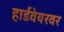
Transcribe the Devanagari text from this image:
हार्डवेयरवर